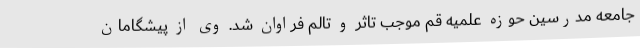
جامعه مدرسین حوزه علمیه قم موجب تاثر و تالم فراوان شد. وی از پیشگامان